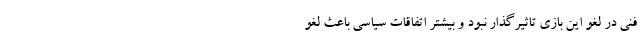
فنی در لغو این بازی تاثیرگذار نبود و بیشتر اتفاقات سیاسی باعث لغو